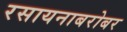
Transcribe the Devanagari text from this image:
रसायनाबरोबर